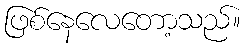
ဖြစ်နေလေတော့သည်။